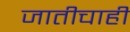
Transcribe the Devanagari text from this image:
जातीचाही